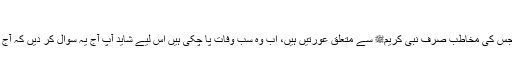
قرآن کریم کی ایک اور آیت مبارکہ دیکھیں
اگر وقتی حکم کا فتویٰ لگانا ہے تو اس آیت پر بھی لگا دیں جس کی مخاطب صرف نبی کریمﷺ سے متعلق عورتیں ہیں، اب وہ سب وفات پا چکی ہیں اس لیے شاید آپ آج یہ سوال کر دیں کہ آج کے دور میں خواتین نرم لہجے میں بھی بات کر سکتی ہیں۔